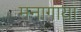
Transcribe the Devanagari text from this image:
मनागाया